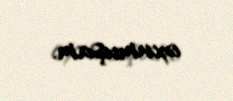
oxumuşam.